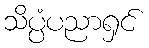
သိပ္ပံပညာရှင်